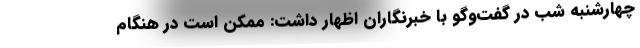
چهارشنبه شب در گفت‌وگو با خبرنگاران اظهار داشت: ممکن است در هنگام